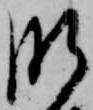
肝